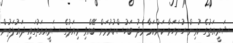
ޝަރީއަތުގެ ކުރިން ހުށަހަޅާ ކަންކަމާ މެދު ބަހުސްކުރުމަށް ބޭއްވި މިއަދުގެ ޝަރީއއަތުގައި ދައުލަތުން